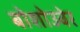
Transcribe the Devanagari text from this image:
बोशोउवेर